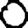
Digit: 0